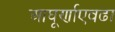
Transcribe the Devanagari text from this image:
आघूर्णाएवढा